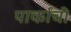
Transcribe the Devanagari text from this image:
पार्कांची